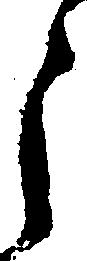
う